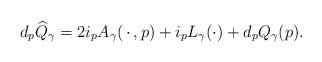
LaTeX: \begin{align*}d_p \widehat{Q}_{\gamma} = 2i_pA_{\gamma}(\, \cdot \, , p) + i_pL_{\gamma}(\cdot) + d_pQ_{\gamma}(p).\end{align*}